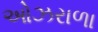
ઓઝરાળા